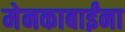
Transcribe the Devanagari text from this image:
मेनकाबाईंना